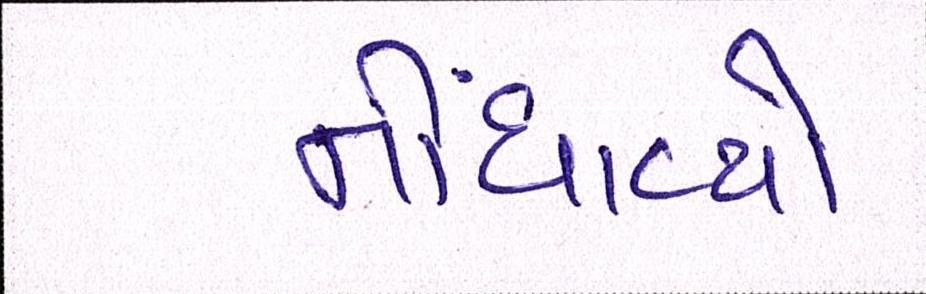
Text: નોધાવ્યો